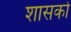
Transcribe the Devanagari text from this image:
शासकोँ